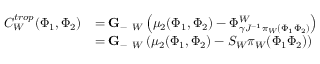
\begin{array} { r l } { C _ { W } ^ { t r o p } ( \Phi _ { 1 } , \Phi _ { 2 } ) } & { = { \bf G } _ { - } { \bf \Sigma } _ { W } \left( \mu _ { 2 } ( \Phi _ { 1 } , \Phi _ { 2 } ) - \Phi _ { { \gamma } J ^ { - 1 } \pi _ { W } ( \Phi _ { 1 } \Phi _ { 2 } ) } ^ { W } \right) } \\ & { = { \bf G } _ { - } { \bf \Sigma } _ { W } \left( \mu _ { 2 } ( \Phi _ { 1 } , \Phi _ { 2 } ) - S _ { W } \pi _ { W } ( \Phi _ { 1 } \Phi _ { 2 } ) \right) } \end{array}